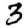
Digit: 3